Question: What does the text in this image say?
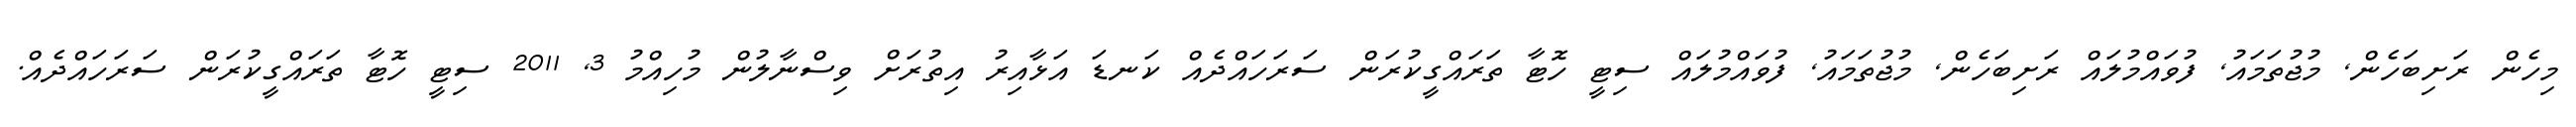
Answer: މިހެން ރަށިބަހެން, މުޖުތަމައު, ފުވައްމުލައް ރަށިބަހެން, މުޖުތަމައު, ފުވައްމުލައް ސިޓީ ހޮޓާ ތަރައްގީކުރަން ސަރަހައްދެއް ކަނޑަ އަޅާއިރު އިތުރަށް ވިސްނާލުން މުހިއްމު 3, 2011 ސިޓީ ހޮޓާ ތަރައްގީކުރަން ސަރަހައްދެއް.